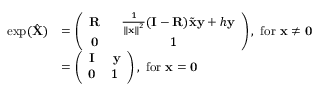
\begin{array} { r l } { \exp ( \hat { \mathbf { X } } ) } & { = \left( \begin{array} { c c } { \mathbf { R } } & { \ \ \frac { 1 } { \left\Vert \mathbf { x } \right\Vert ^ { 2 } } ( \mathbf { I } - \mathbf { R } ) \tilde { \mathbf { x } } \mathbf { y } + h \mathbf { y } } \\ { \mathbf { 0 } } & { 1 } \end{array} \right) , \ \mathrm { f o r \ } \mathbf { x } \neq \mathbf { 0 } \ } \\ & { = \left( \begin{array} { c c } { \mathbf { I } } & { \ \mathbf { y } } \\ { \mathbf { 0 } } & { 1 } \end{array} \right) , \ \mathrm { f o r \ } \mathbf { x } = \mathbf { 0 } } \end{array}